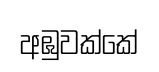
අඹුවක්කේ